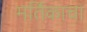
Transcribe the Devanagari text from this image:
मर्तिकाचा